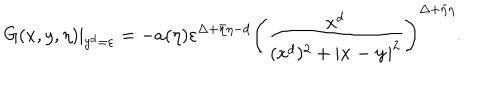
G ( x , y , \eta ) | _ { y ^ { d } = \varepsilon } = - a ( \eta ) \varepsilon ^ { \Delta + \bar { \eta } \eta - d } \left( \frac { x ^ { d } } { ( x ^ { d } ) ^ { 2 } + | \mathbf { x - y } | ^ { 2 } } \right) ^ { \Delta + \bar { \eta } \eta } .